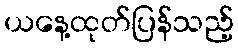
ယနေ့ထုတ်ပြန်သည့်